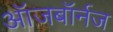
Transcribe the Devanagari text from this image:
ऑजबॉर्नज